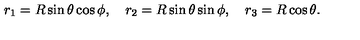
r _ { 1 } = R \sin \theta \cos \phi , \quad r _ { 2 } = R \sin \theta \sin \phi , \quad r _ { 3 } = R \cos \theta .